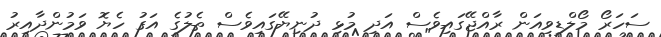
ސަހަރޯ މޯލްޑިވިއަން ރާއްޖޭގައިވެސް އަދި މުޅި ދުނިޔޭގައިވެސް ތެލުގެ އަގު ހެޔޮ ވަމުންދާއިރު